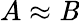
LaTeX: A\approx\mathit{B}